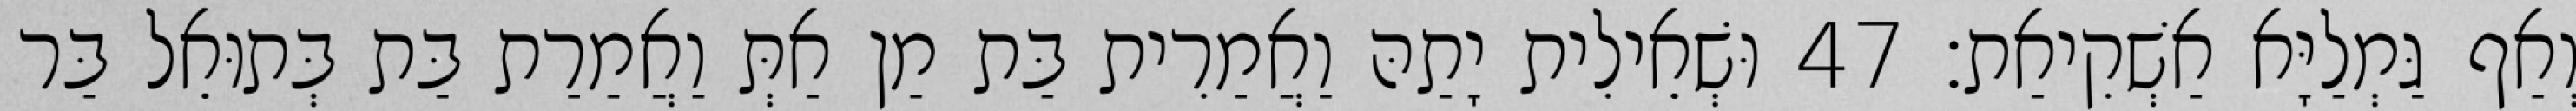
וְאַף גַּמְלַיָּא אַשְׁקִיאַת׃ 47 וּשְׁאֵילִית יָתַהּ וַאֲמַרִית בַּת מַן אַתְּ וַאֲמַרַת בַּת בְּתוּאֵל בַּר